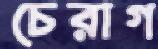
চেরাগ